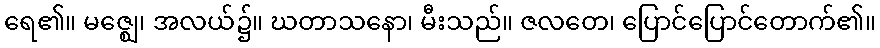
ရေ၏။ မဇ္ဈေ၊ အလယ်၌။ ဃတာသနော၊ မီးသည်။ ဇလတေ၊ ပြောင်ပြောင်တောက်၏။